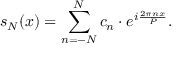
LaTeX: s _ { N } ( x ) = \sum _ { n = - N } ^ { N } c _ { n } \cdot e ^ { i { \frac { 2 \pi n x } { P } } } .